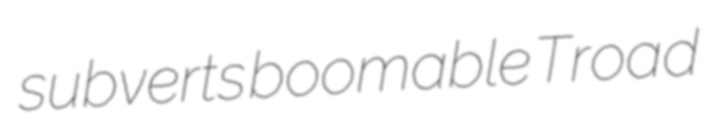
subverts boomable Troad